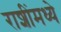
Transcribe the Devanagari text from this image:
राशींमध्ये